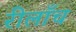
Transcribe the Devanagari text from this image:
रीलाँच